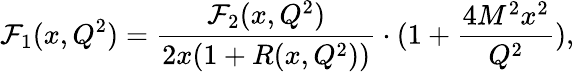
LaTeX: \mathcal{F}_{1}(x,Q^{2})=\frac{{\mathcal{F}_{2}(x,Q^{2})}}{{2x(1+R(x,Q^{2}))}}\cdot(1+\frac{{4M^{2}x^{2}}}{{Q^{2}}}),